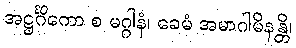
အဋ္ဌင်္ဂိကော စ မဂ္ဂါနံ၊ ခေမံ အမာဂါမိနန္တိ၊